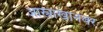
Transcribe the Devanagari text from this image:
आस्त्राखानवर